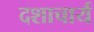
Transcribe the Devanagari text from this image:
दशाचार्य